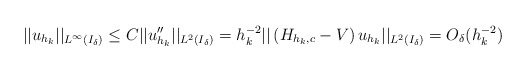
\begin{align*}||u_{h_k}||_{L^\infty(I_\delta)} \leq C ||u_{h_k}''||_{L^2(I_\delta)} = h_k^{-2}||\left( H_{h_k,c} - V\right)u_{h_k}||_{L^2(I_\delta)} = O_\delta(h_k^{-2}) \end{align*}